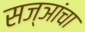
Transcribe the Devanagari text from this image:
सज्ञांचा